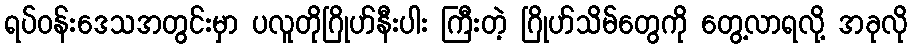
ရပ်ဝန်းဒေသအတွင်းမှာ ပလူတိုဂြိုဟ်နီးပါး ကြီးတဲ့ ဂြိုဟ်သိမ်တွေကို တွေ့လာရလို့ အခုလို